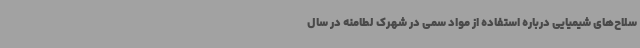
سلاح‌های شیمیایی درباره استفاده از مواد سمی در شهرک لطامنه در سال